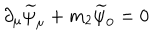
\partial _ { \mu } \widetilde { \psi } _ { \mu } + m _ { 2 } \widetilde { \psi } _ { 0 } = 0